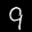
Label: 9